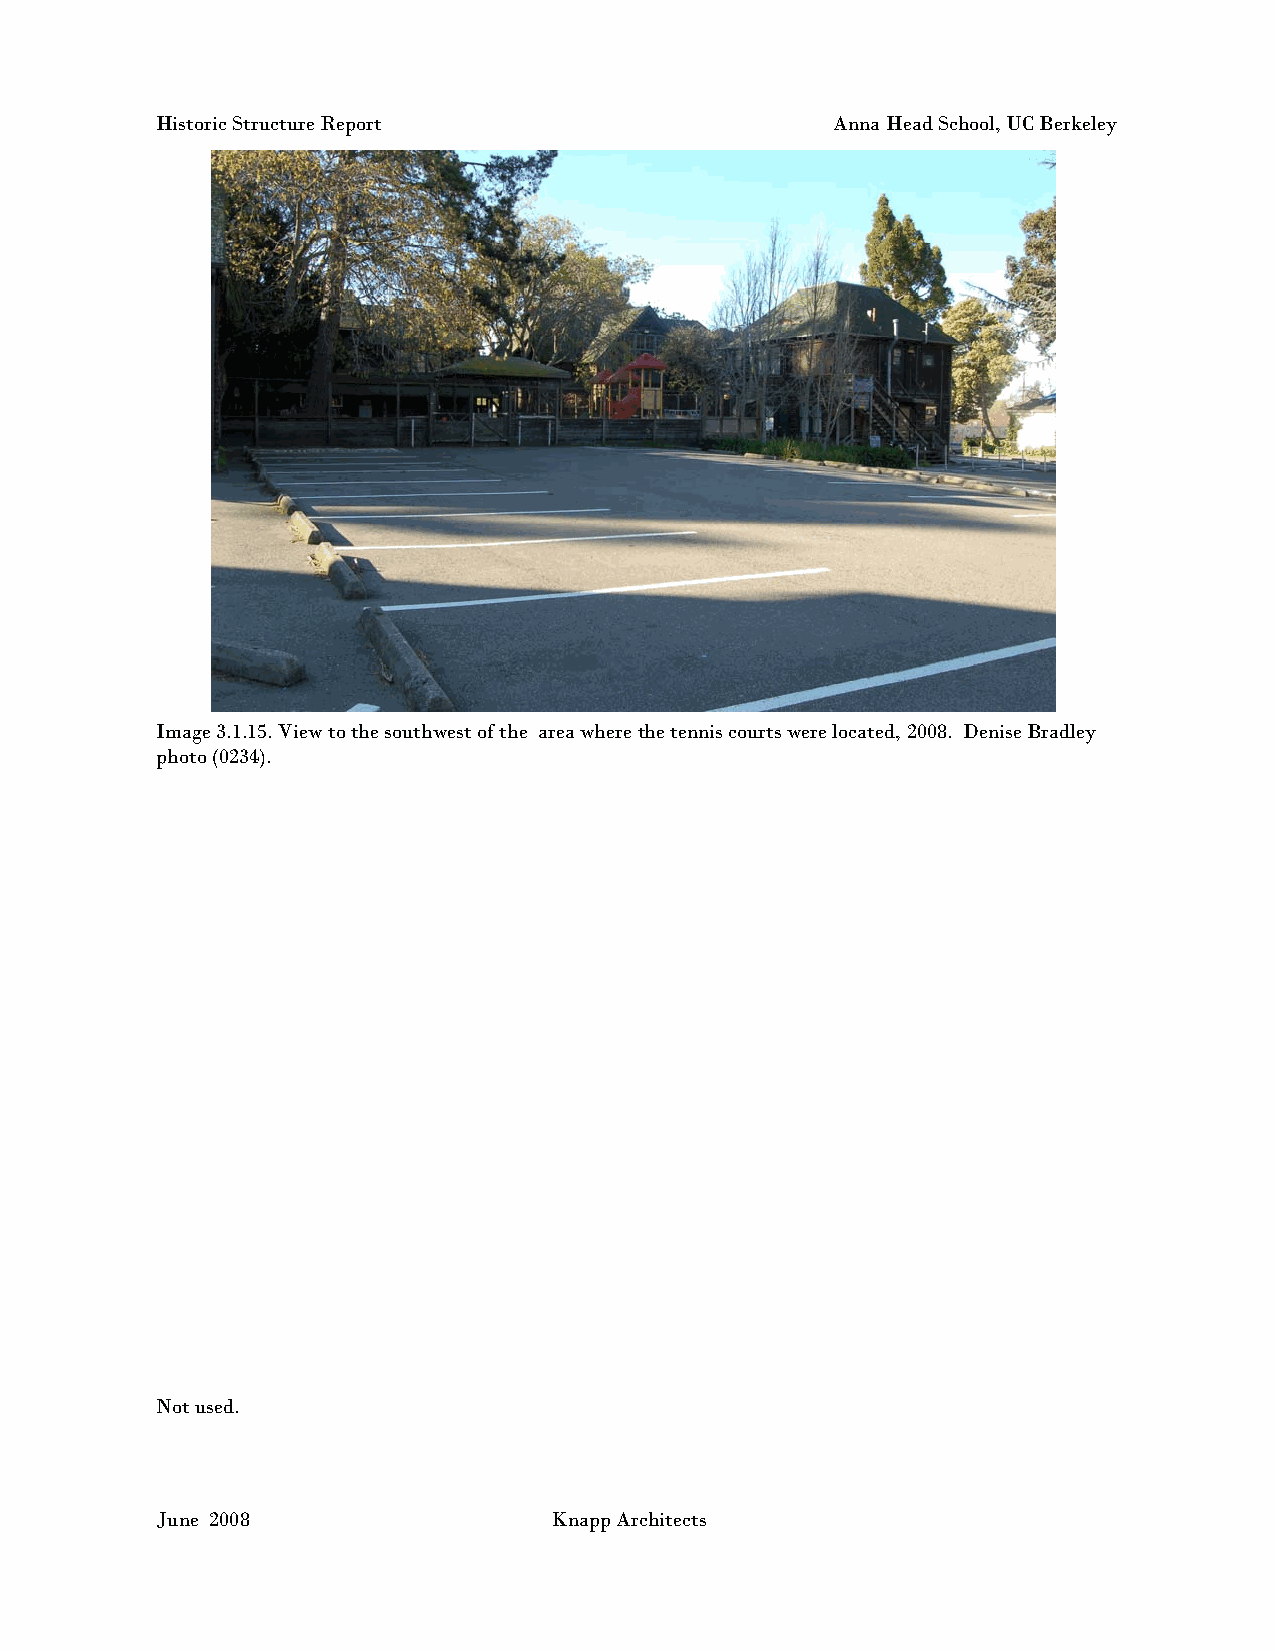
Historic Structure Report                    Anna Head School, UC Berkeley
 Image 3.1.15. View to the southwest of the area where the tennis courts were located, 2008. Denise Bradley
 photo (0234).
 Not used.
 June 2008                 Knapp Architects